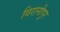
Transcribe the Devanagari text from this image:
विरानीपुर